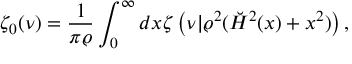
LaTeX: \zeta _ { 0 } ( \nu ) = { \frac { 1 } { \pi \varrho } } \int _ { 0 } ^ { \infty } d x \zeta \left( \nu | \varrho ^ { 2 } ( \breve { H } ^ { 2 } ( x ) + x ^ { 2 } ) \right) ,